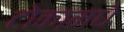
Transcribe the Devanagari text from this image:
टोकामधे